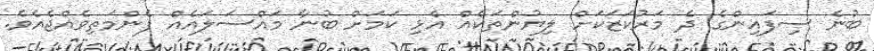
ބުނެ ސިފައިންގެ ދެ މަރުކަޒަކަށް ލިޔުންތަކެއް އެޅި ކަމަށް ބުނާ މައްސަލައެއް ފެންމަތިވެއްޖެއެވެ.